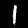
Digit: 1